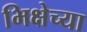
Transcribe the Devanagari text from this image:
भिक्षेच्या